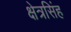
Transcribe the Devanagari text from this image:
क्षेत्रसिंह